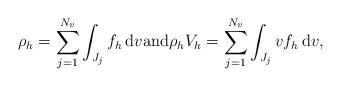
LaTeX: \begin{align*}\rho_h = \sum_{j = 1}^{N_v}\int_{J_j}f_h\,{\rm d}v \mbox{and} \rho_hV_h = \sum_{j = 1}^{N_v}\int_{J_j}vf_h\,{\rm d}v,\end{align*}